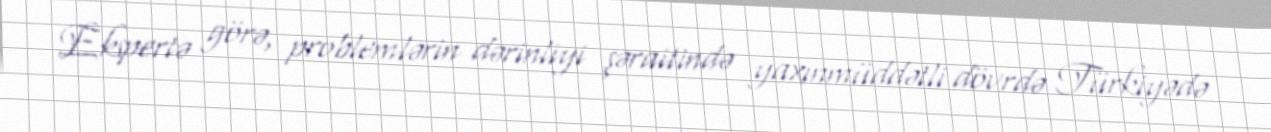
Ekspertə görə, problemlərin dərinliyi şəraitində yaxınmüddətli dövrdə Türkiyədə